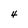
Character: 4